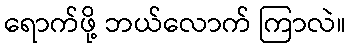
ရောက်ဖို့ ဘယ်လောက် ကြာလဲ။